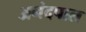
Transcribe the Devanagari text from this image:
अनंदपाल